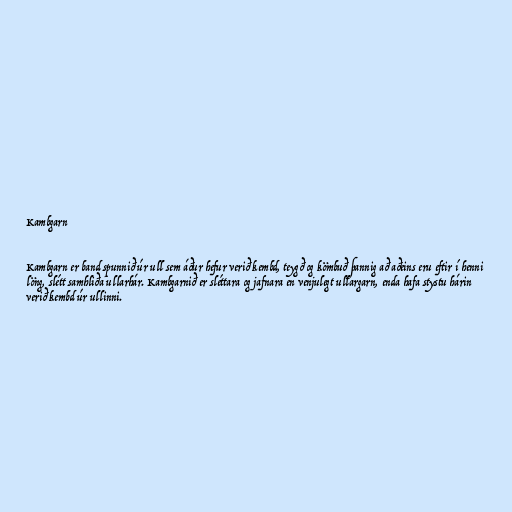
Kambgarn

Kambgarn er band spunnið úr ull sem áður hefur verið kembd, teygð og kömbuð þannig að aðeins eru eftir í henni
löng, slétt samhliða ullarhár. Kambgarnið er sléttara og jafnara en venjulegt ullargarn, enda hafa stystu hárin
verið kembd úr ullinni.